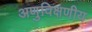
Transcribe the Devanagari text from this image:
अणुविक्षणीय